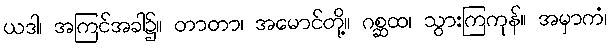
ယဒါ၊ အကြင်အခါ၌။ တာတာ၊ အမောင်တို့။ ဂစ္ဆထ၊ သွားကြကုန်။ အမှာကံ၊